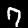
Digit: 7